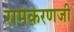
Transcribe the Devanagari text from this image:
रामकरणजी